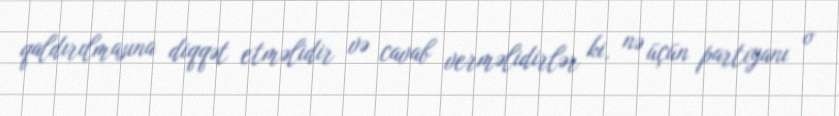
qaldırılmasına diqqət etməlidir və cavab verməlidirlər ki, nə üçün partiyanı o